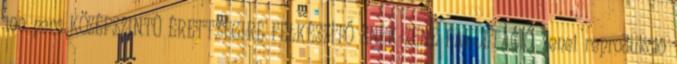
100 perc KÖZÉPSZINTŰ ÉRETTSÉGIRE FELKÉSZÍTŐ ÉNEK-ZENE FAKULTÁCIÓ. Zenei reprodukció